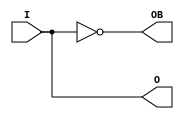
module OBUFDS (
  input  I,
  (* iopad_external_pin *)
  output O,
  (* iopad_external_pin *)
  output OB
);
  parameter IOSTANDARD  = "DEFAULT";
  parameter SLEW        = "SLOW";
  parameter PULLTYPE    = "NONE";
  parameter IO_LOC_PAIRS = ""; // Used by read_xdc.
  parameter HAS_OSERDES = 0;
  assign O  =  I;
  assign OB = ~I;
endmodule